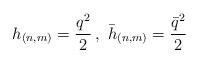
LaTeX: \begin{align*}h_{(n,m)}=\frac{q^{2}}{2}\, ,\, \, \bar{h}_{(n,m)}=\frac{\bar{q}^{2}}{2}\end{align*}